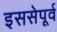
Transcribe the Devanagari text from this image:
इससेपूर्व